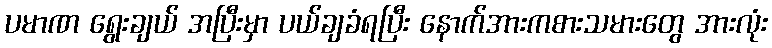
ပမာဏ ရွေးချယ် အပြီးမှာ ပယ်ချခံရပြီး နောက်အားကစားသမားတွေ အားလုံး